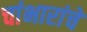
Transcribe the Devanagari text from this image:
चांभारांचे